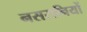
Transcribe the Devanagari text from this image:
नसरानियों